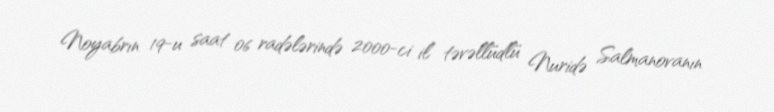
Noyabrın 19-u saat 06 radələrində 2000-ci il təvəllüdlü Nuridə Salmanovanın